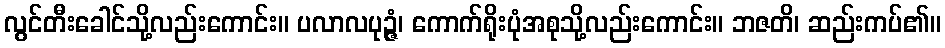
လွင်တီးခေါင်သို့လည်းကောင်း။ ပလာလပုဉ္ဇံ၊ ကောက်ရိုးပုံအစုသို့လည်းကောင်း။ ဘဇတိ၊ ဆည်းကပ်၏။